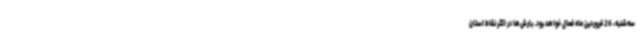
سه‌شنبه، 26 فروردین ماه فعال خواهد بود. بارش‌ها در اکثر نقاط استان